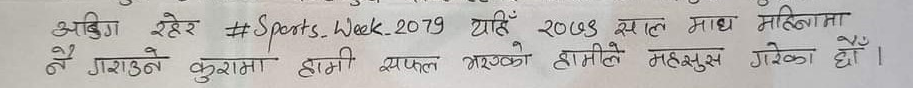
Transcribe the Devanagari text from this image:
अबिग रहेछ #Sports_Week_2079 याेँ २०७५ साल माघ महिनामा नै गराउने कुरामा हामी सफल भएको हामीले महसुस गरेका छाैँ ।